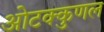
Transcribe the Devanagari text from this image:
ओटक्कुणल